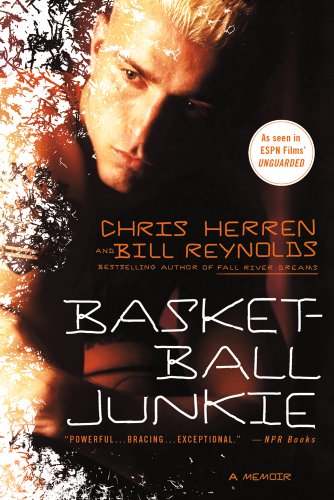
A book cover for Basketball Junkie: A Memoir; Chris Herren; Biographies & Memoirs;